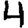
Digit: 4